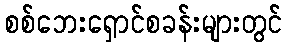
စစ်ဘေးရှောင်စခန်းများတွင်